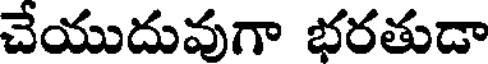
చేయుదువుగా భరతుడా